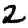
Digit: 2